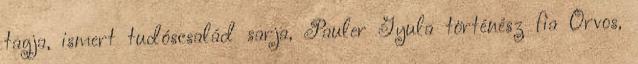
tagja, ismert tudóscsalád sarja, Pauler Gyula történész fia Orvos,